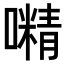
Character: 𡁔